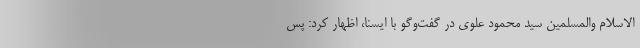
الاسلام والمسلمین سید محمود علوی در گفت‌وگو با ایسنا، اظهار کرد: پس